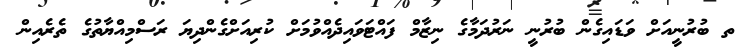
ތ ބުރުނީއަށް ވަޑައިގެން ބުރުނީ ނަރުދަމާގެ ނިޒާމް ފައްޓަވައިދެއްވުމަށް ކުރިއަށްގެންދިޔަ ރަސްމިއްޔާތުގެ ތެރެއިން